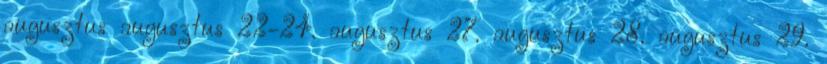
augusztus augusztus 22-24. augusztus 27. augusztus 28. augusztus 29.